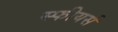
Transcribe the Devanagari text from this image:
स्फीयर्स